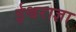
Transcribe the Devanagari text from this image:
ईश्वराज्ञा